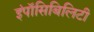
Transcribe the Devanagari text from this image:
इंपॉसिबिलिटी